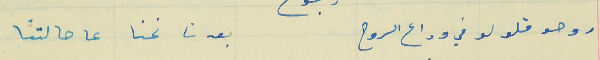
روحو قلولو في وداع الروح                            بعدنا نحنا عا حالتنا